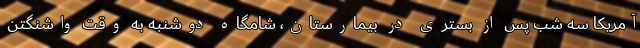
آمریکا سه شب پس از بستری در بیمارستان، شامگاه دوشنبه به وقت واشنگتن